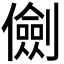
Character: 𠐘